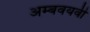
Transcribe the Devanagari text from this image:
अम्बवयवी